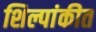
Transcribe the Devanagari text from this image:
शिल्पांकीत